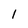
Character: l